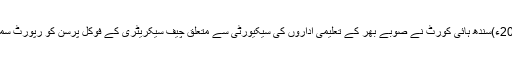
12 اکتوبر2017ء)سندھ ہائی کورٹ نے صوبے بھر کے تعلیمی اداروں کی سیکیورٹی سے متعلق چیف سیکریٹری کے فوکل پرسن کو رپورٹ سمیت طلب کرلیا۔